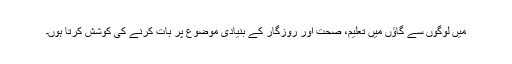
میں لوگوں سے گاؤں میں تعلیم، صحت اور روزگار کے بنیادی موضوع پر بات کرنے کی کوشش کرتا ہوں۔